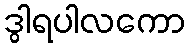
ဒွါရပါလကော